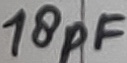
Text: 18pF